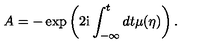
A = - \exp \left( 2 \mathrm { i } \int _ { - \infty } ^ { t } d t \mu ( \eta ) \right) .